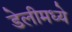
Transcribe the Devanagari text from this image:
डेलीमध्ये